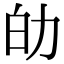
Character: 劰